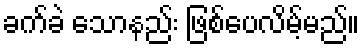
ခက်ခဲ သောနည်း ဖြစ်ပေလိမ့်မည်။